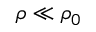
\rho \ll \rho _ { 0 }